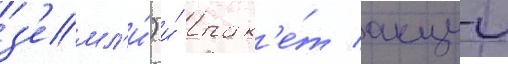
з'емл'и́) и́ пак'е́т акции